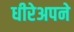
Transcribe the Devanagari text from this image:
धीरेअपने